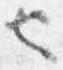
也